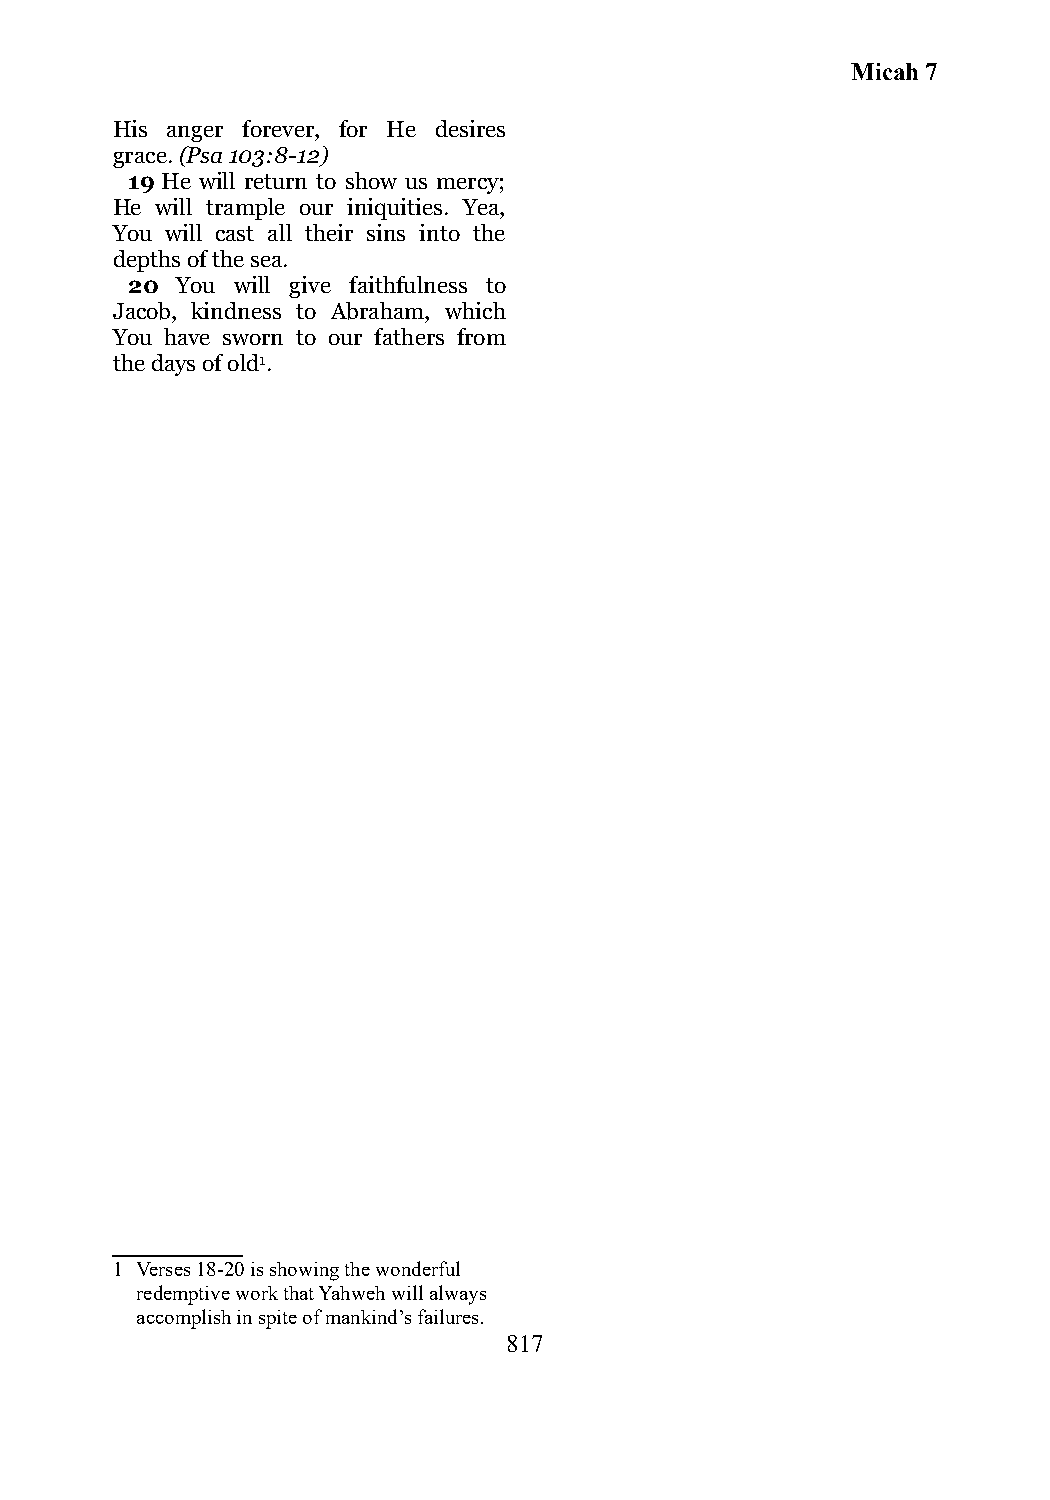
Micah 7
 His anger forever, for He desires
 grace. (Psa 103:8-12)
 19 He will return to show us mercy;
 He will trample our iniquities. Yea,
 You will cast all their sins into the
 depths of the sea.
 20  You will give faithfulness to
 Jacob, kindness to Abraham, which
 You have sworn to our fathers from
 the days of old1.
 1 Verses 18-20 is showing the wonderful
 redemptive work that Yahweh will always
 accomplish in spite of mankind’s failures.
 817